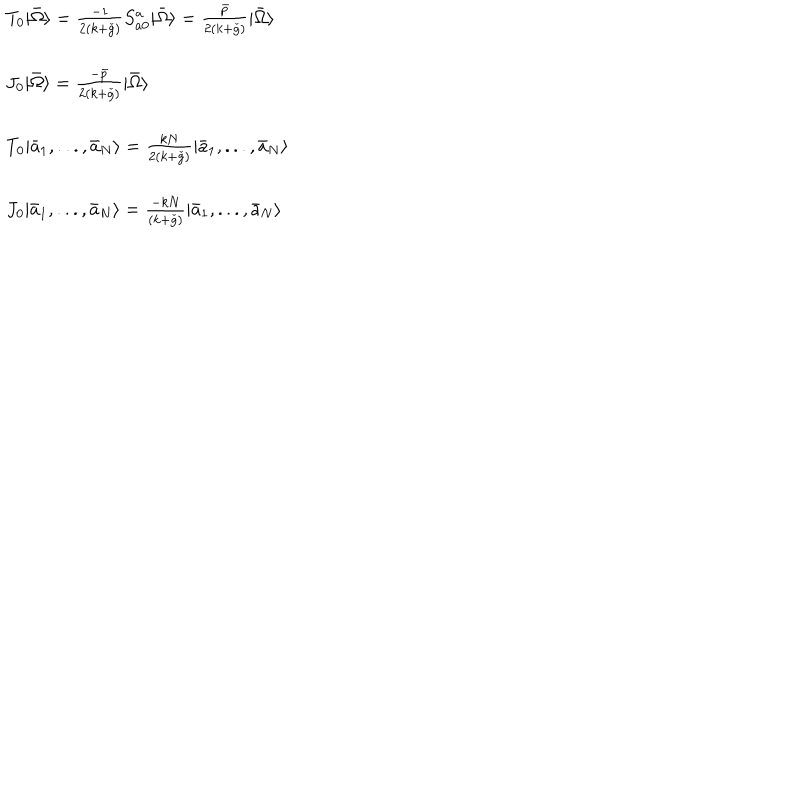
LaTeX: \begin{array} { l } { { T _ { 0 } | \bar { \Omega } \rangle = \frac { - 1 } { 2 ( k + \check { g } ) } S _ { a 0 } ^ { a } | \bar { \Omega } \rangle = \frac { \bar { p } } { 2 ( k + \check { g } ) } | \bar { \Omega } \rangle } } \\ { { \ } } \\ { { J _ { 0 } | \bar { \Omega } \rangle = \frac { - \bar { p } } { 2 ( k + \check { g } ) } | \bar { \Omega } \rangle } } \\ { { \ } } \\ { { T _ { 0 } | \bar { a } _ { 1 } , . . . , \bar { a } _ { N } \rangle = \frac { k N } { 2 ( k + \check { g } ) } | \bar { a } _ { 1 } , . . . , \bar { a } _ { N } \rangle } } \\ { { \ } } \\ { { J _ { 0 } | \bar { a } _ { 1 } , . . . , \bar { a } _ { N } \rangle = \frac { - k N } { ( k + \check { g } ) } | \bar { a } _ { 1 } , . . . , \bar { a } _ { N } \rangle } } \\ \end{array}